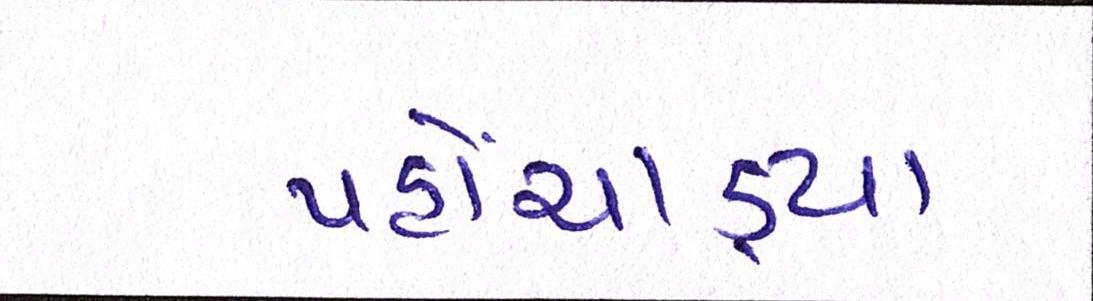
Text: પહોંચાડ્યા